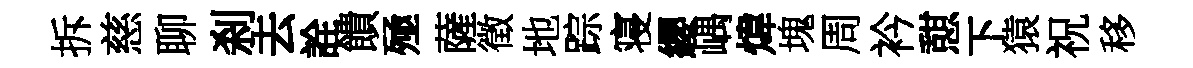
拆慈聊刹去詮饋殛薩徵地踪寝纓嵎煒塊周衿憇下猿祝移